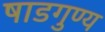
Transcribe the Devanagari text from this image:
षाडगुण्य